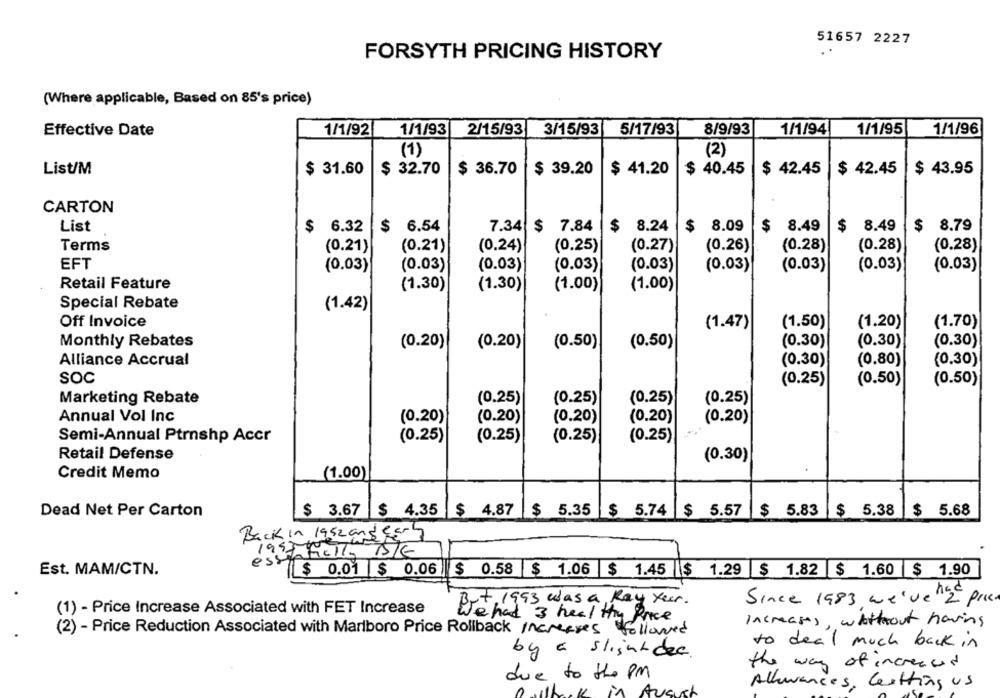
51657 2227
FORSYTH PRICING HISTORY
(Where applicable, Based on 85's price)
Effective Date
1/1/92
1/1/93
2/15/93
3/15/93
5/17/93
8/9/93
1/1/94
1/1/95
1/1/96
(1)
(2)
List/M
$ 31.60
$ 32.70
$ 36.70
$ 39.20
$ 41.20
$ 40.45
$ 42.45
$ 42.45
$ 43.95
CARTON
List
$ 6.32
$ 6.54
7.34 $ 7.84
$ 8.24
$ 8.09
$ 8.49
$ 8.49
$ 8.79
Terms
(0.21)
(0.21)
(0.24)
(0.25)
(0.27)
(0.26)
(0.28)
(0.28)
(0.28)
EFT
(0.03)
(0.03)
(0.03)
(0.03)
(0.03)
(0.03)
(0.03)
(0.03)
(0.03)
Retail Feature
(1.30)
(1.30)
(1.00)
(1.00)
Special Rebate
(1.42)
Off Invoice
(1.47)
(1.50)
(1.20)
(1.70)
(0.30)
Monthly Rebates
(0.20)
(0.20)
(0.50)
(0.50)
(0.30)
(0.30)
Alliance Accrual
(0.30)
(0.80)
(0.30)
SOC
(0.25)
(0.50)
(0.50)
Marketing Rebate
(0.25)
(0.25)
(0.25)
(0.25)
Annual Vol Inc
(0.20)
(0.20)
(0.20)
(0.20)
(0.20)
Semi-Annual Ptrnshp Accr
(0.25)
(0.25)
(0.25)
(0.25)
Retail Defense
(0.30)
Credit Memo
(1.00)
Dead Net Per Carton
$ 3.67 $ 4.35
$ 4.87 |$ 5.35 $ 5.74
$ 5.57 $ 5.83 $ 5.38
$ 5.68
Back in 1952 and early
1947 full B/G
esse
Est. MAM/CTN.
$ 0.01 $ 0.06 $ 0.58 $ 1.06 $ 1.45 $ 1.29 $ 1.82 $ 1.60 $ 1.90
Since 1983 we've "2" pre.
+, 1993 was a Ray year.
(1) - Price Increase Associated with FET Increase
We had 3 heal the Price
Increases, without having
(2) - Price Reduction Associated with Marlboro Price Rollback Increases followed
to deal much back in
by a slight des.
the way of increased
due to the PM
Allowances, Letting us
Ausu